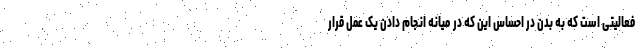
فعالیتی است که به بدن در احساس این که در میانه انجام دادن یک عمل قرار